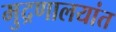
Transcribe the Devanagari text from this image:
मुद्रणालयांत